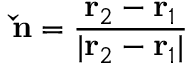
\mathbf { \check { n } } = \frac { \mathbf { r } _ { 2 } - \mathbf { r } _ { 1 } } { | \mathbf { r } _ { 2 } - \mathbf { r } _ { 1 } | }